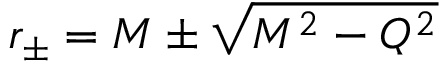
r _ { \pm } = M \pm \sqrt { M ^ { 2 } - Q ^ { 2 } }